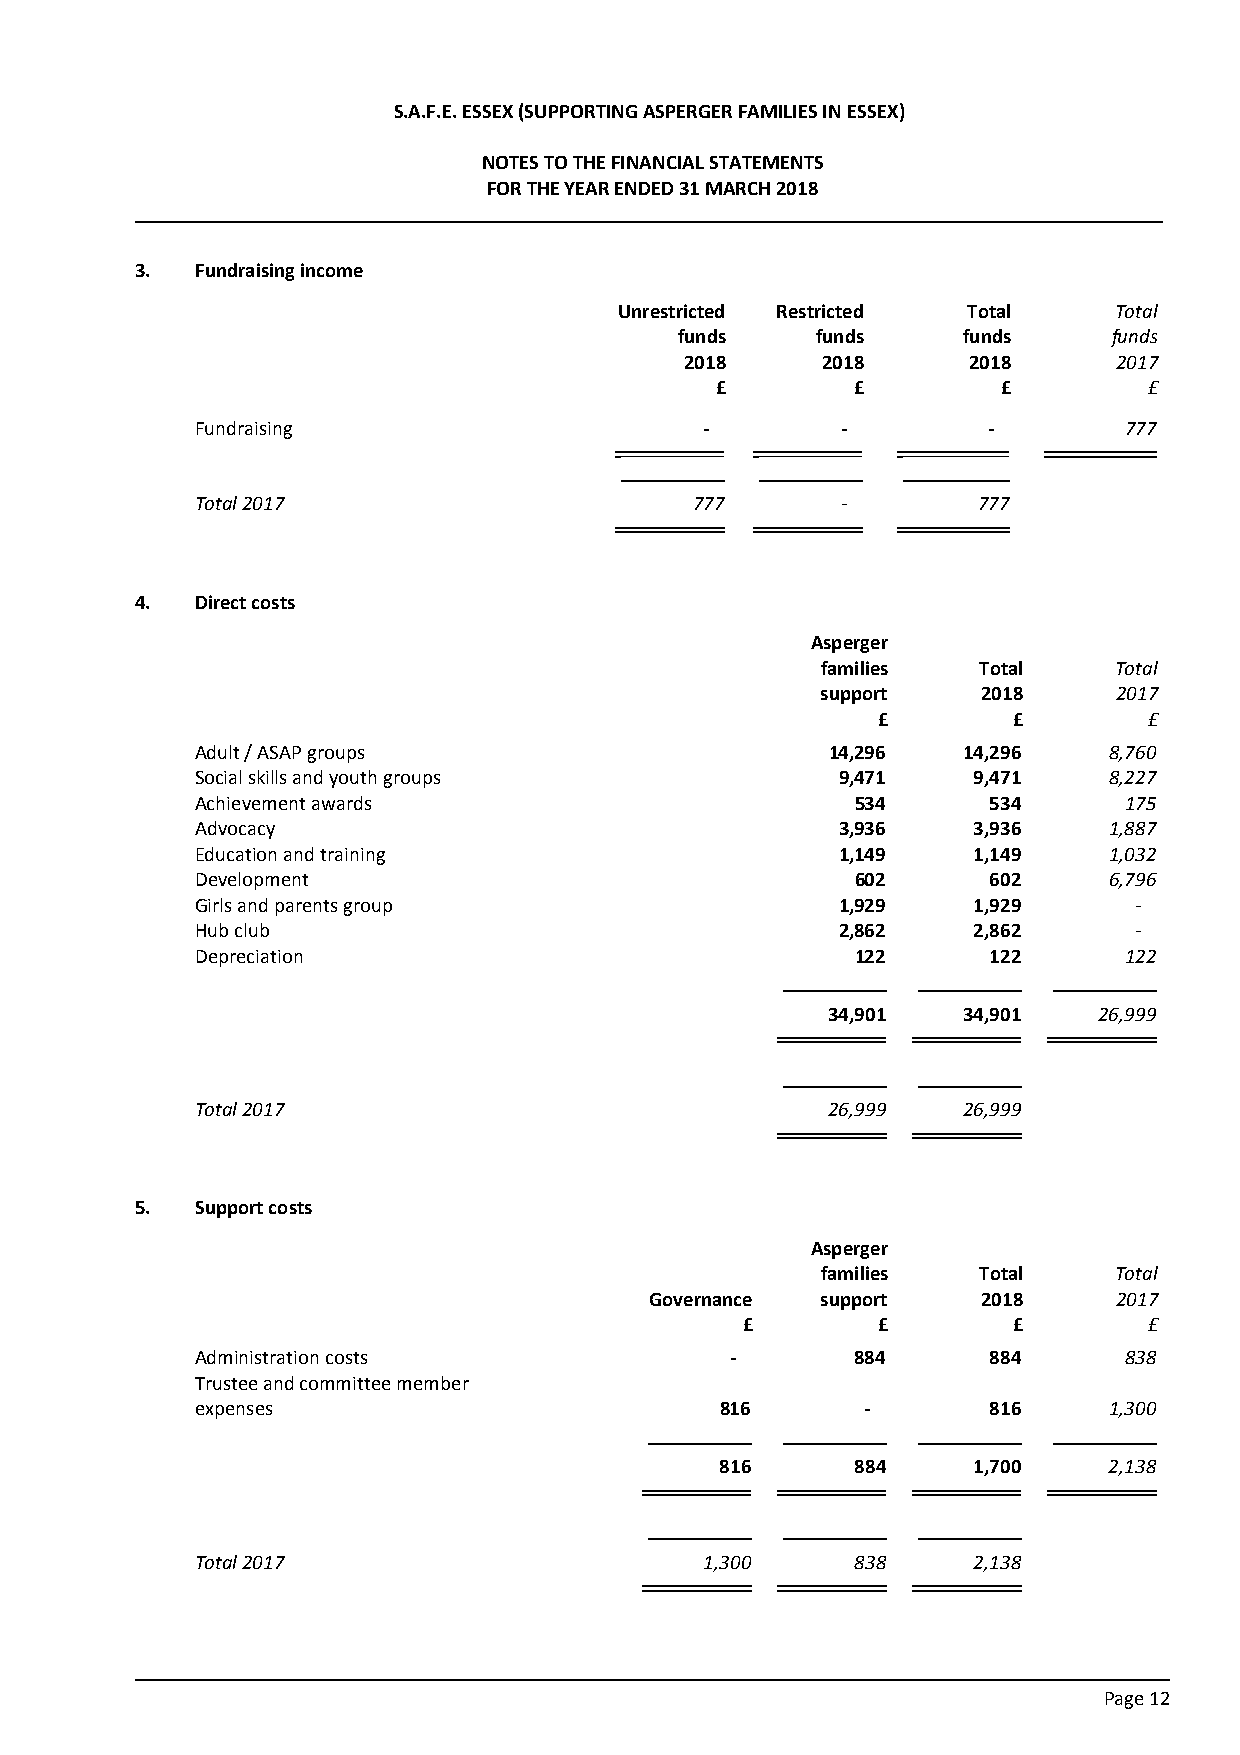
S.A.F.E. ESSEX (SUPPORTING ASPERGER FAMILIES IN ESSEX)
 NOTES TO THE FINANCIAL STATEMENTS
 FOR THE YEAR ENDED 31 MARCH 2018
 3.  Fundraising income
 Unrestricted Restricted Total    Total
 funds    funds     funds     funds
 2018     2018      2018      2017
 £         £        £         £
 Fundraising                       -        -        -        777
 Total 2017                       777       -        777
 4.  Direct costs
 Asperger
 families   Total    Total
 support    2018     2017
 £        £        £
 Adult / ASAP groups                       14,296   14,296   8,760
 Social skills and youth groups             9,471   9,471    8,227
 Achievement awards                          534      534     175
 Advocacy                                   3,936   3,936    1,887
 Education and training                     1,149   1,149    1,032
 Development                                 602      602    6,796
 Girls and parents group                    1,929   1,929      -
 Hub club                                   2,862   2,862      -
 Depreciation                                122      122     122
 34,901   34,901   26,999
 Total 2017                                26,999   26,999
 5.  Support costs
 Asperger
 families   Total    Total
 Governance support    2018     2017
 £        £        £        £
 Administration costs               -        884      884     838
 Trustee and committee member
 expenses                           816      -        816    1,300
 816      884    1,700    2,138
 Total 2017                        1,300     838    2,138
 Page 12